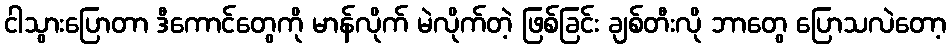
ငါသွားပြောတာ ဒီကောင်တွေကို မာန်လိုက် မဲလိုက်တဲ့ ဖြစ်ခြင်း ချစ်တီးလို ဘာတွေ ပြောသလဲတော့